Lock hospitals Punjab
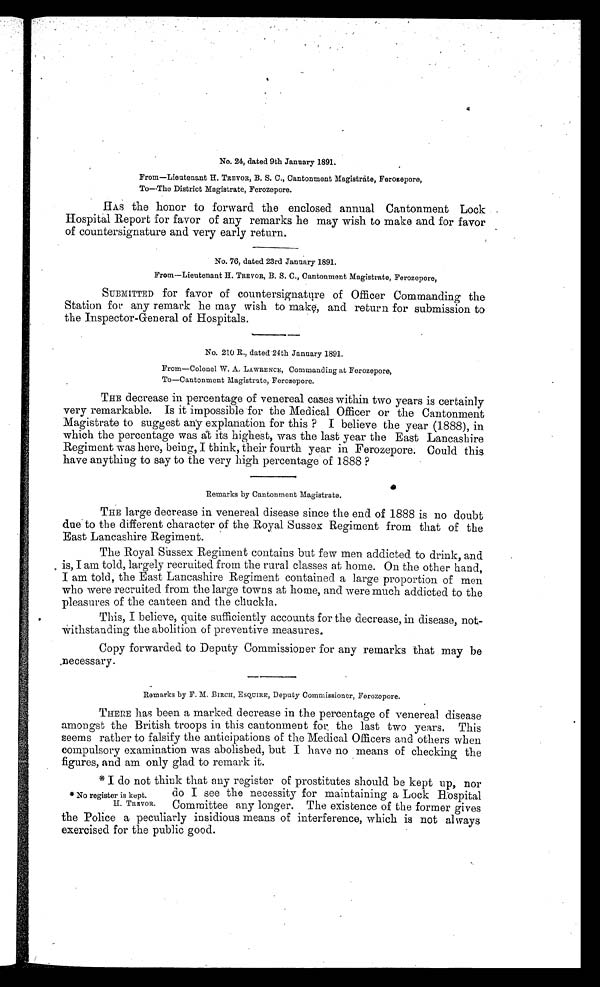
No. 24, dated 9th January 1891.
From—Lieutenant H. TREVOR, B. S. C., Cantonment Magistrate, Ferozepore,
To—The District Magistrate, Ferozepore.
HAS the honor to forward the enclosed annual Cantonment Lock
Hospital Report for favor of any remarks he may wish to make and for favor
of countersignature and very early return.
No. 76, dated 23rd January 1891.
From—Lieutenant H. TREVOR, B. S. C., Cantonment Magistrate, Ferozepore,
SUBMITTED for favor of countersignature of Officer Commanding the
Station for any remark he may wish to make, and return for submission to
the Inspector-General of Hospitals.
No. 210 R., dated 24th January 1891.
From—Colonel W. A. LAWRENCE, Commanding at Ferozepore,
To—Cantonment Magistrate, Ferozepore.
THE decrease in percentage of venereal cases within two years is certainly
very remarkable. Is it impossible for the Medical Officer or the Cantonment
Magistrate to suggest any explanation for this ? I believe the year (1888), in
which the per cent ae was at i t s hi ghes t , was t he l as t year t he Eas t Lancas hi r e
Regiment was here, being, I think, their fourth year in Ferozepore. Could this
have anything to say to the very high percentage of 1888 ?
Remarks by Cantonment Magistrate.
THE large decrease in venereal disease since the end of 1888 is no doubt
due to the different character of the Royal Sussex Regiment from that of the
East Lancashire Regiment.
The Royal Sussex Regiment contains but few men addicted to drink, and
is, I am told, largely recruited fromthe rural classes at home. On the other hand,
I am told, the East Lancashire Regiment contained a large proportion of men
who were recruited from the large towns at home, and were much addicted to the
pleasures of the canteen and the cliuckla.
This, I believe, quite sufficiently accounts for the decrease, in disease, not,
Withstanding the abolition of preventive measures.
Copy forwarded to Deputy Commissioner for any remarks that may be
necessary.
Remarks by F. M. BIRCH, ESQUIRE, Deputy Commissioner, Ferozepore.
THERE has been a marked decrease in the percentage of venereal disease
amongst the British troops in this cantonment for . the last two years. This
seems rather to falsify the anticipations of the Medical Officers and others when
compulsory examination was abolished, but I have no means of checking the
figures, and am only glad to remark it.
* I do not
fitink that any register of prostitutes should be kept up, nor
do I see the necessity for maintaining a Lock Hospital
Committee any longer. The existence of the former gives
the Police a peculiarly insidious means of interference, which is not always
exercised for the public good.
* No register is kept.
H . T R E V O R .